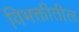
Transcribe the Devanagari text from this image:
विभक्तीतील